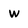
Character: w